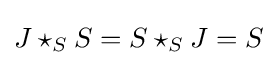
J\star _{S}S=S\star _{S}J=S